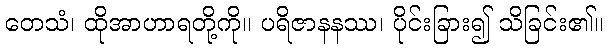
တေသံ၊ ထိုအာဟာရတို့ကို။ ပရိဇာနနဿ၊ ပိုင်းခြား၍ သိခြင်း၏။